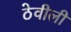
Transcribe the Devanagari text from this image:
ठेवीली